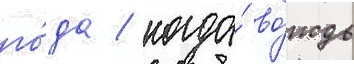
го́да / когда́ во́ждь